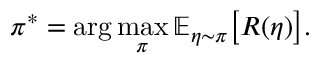
\pi ^ { * } = \arg \operatorname* { m a x } _ { \pi } \mathbb E _ { \eta \sim \pi } \big [ R ( \eta ) \big ] .